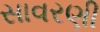
સાવરણી